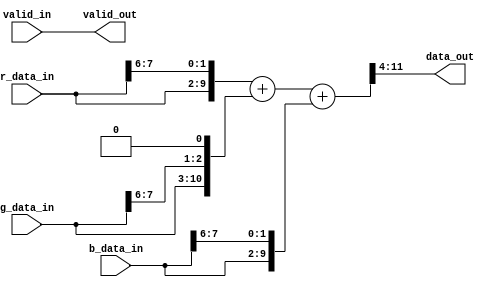
//***********************************************************************************************//
//  Module      : icdrec_specii_home_project_rgb2gray
//  Project     : Home Project
//  Author      :
//  Email       :
//  Description :
//  ICDREC Confidential
//  All rights reserved
//  Copyright (C) 2016
//***********************************************************************************************//
`timescale 1ns / 1ns
module background_subtraction_using_delta_sigma_argorithm_project_rbg2gray
(
    // Sink side
    r_data_in,
    g_data_in,
    b_data_in,
    valid_in,

    // Source side
    data_out,
    valid_out
);

    //*******************************************************************************************//
    //                                      Parameters                                           //
    //*******************************************************************************************//
    parameter   DATA_WIDTH      =   8;
    
    //*******************************************************************************************//
    //                                      Localparams                                          //
    //*******************************************************************************************//
    localparam  IN_WIDTH         =   DATA_WIDTH;
    localparam  OUT_WIDTH        =   DATA_WIDTH;
    
    //*******************************************************************************************//
    //                                      Inputs                                               //
    //*******************************************************************************************//
    // Sink side
    input   [IN_WIDTH-1:0]      r_data_in;
    input   [IN_WIDTH-1:0]      g_data_in;
    input   [IN_WIDTH-1:0]      b_data_in;
    input                       valid_in;
    
    //*******************************************************************************************//
    //                                     Outputs                                               //
    //*******************************************************************************************//
    // Source side
    output  [OUT_WIDTH-1:0]     data_out;
    output                      valid_out;

    
    //*******************************************************************************************//
    //                                     Signal declarations                                   //
    //*******************************************************************************************//
    // Register declarations
    //reg     [OUT_WIDTH-1:0]     out_data;
	wire		[ 9: 0]	r;
	wire		[ 9: 0]	g;
	wire		[ 9: 0]	b;
	wire		[11: 0]	average_color;	
    //*******************************************************************************************//
    //                         Architecture: Connecting the input/output ports                   //
    //*******************************************************************************************//
	assign r = {r_data_in[7: 0], r_data_in [7: 6]};
	assign g = {g_data_in[ 7: 0], g_data_in [7: 6]};
	assign b = {b_data_in[ 7: 0], b_data_in[ 7: 6]};
	assign average_color = {2'h0, r} + {1'b0, g, 1'b0} + {2'h0, b};
	assign data_out = average_color[11:4];
    /*always@(r_data_in,g_data_in,b_data_in,valid_in)
    begin
        if(valid_in==1'b1) begin
            out_data    <=  average_color[11:4];//(r_data_in + g_data_in + b_data_in)/3;
        end
        else begin
            out_data    <=  {OUT_WIDTH{1'b0}};
        end
    end
*/
    //*******************************************************************************************//
    //                   Architecture: Connecting the output port                                //
    //*******************************************************************************************//
    //assign  data_out    = out_data;
    assign  valid_out   = valid_in;
endmodule